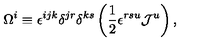
\Omega ^ { i } \equiv \epsilon ^ { i j k } \delta ^ { j r } \delta ^ { k s } \left( \frac { 1 } { 2 } \epsilon ^ { r s u } { \cal J } ^ { u } \right) ,